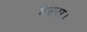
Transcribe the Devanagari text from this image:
मेसनर।